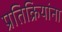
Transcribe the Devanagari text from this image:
प्रतिक्रियांना